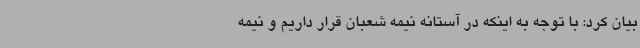
بیان کرد: با توجه به اینکه در آستانه نیمه شعبان قرار داریم و نیمه